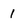
Character: 1